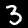
Digit: 3